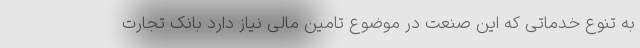
به تنوع خدماتی که این صنعت در موضوع تامین مالی نیاز دارد بانک تجارت